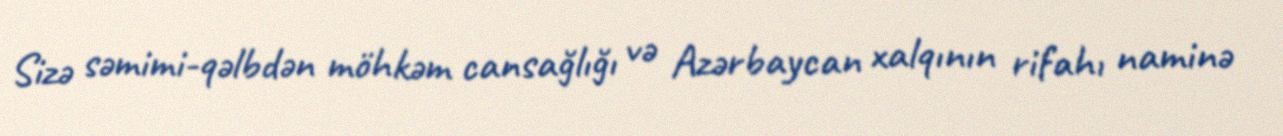
Sizə səmimi-qəlbdən möhkəm cansağlığı və Azərbaycan xalqının rifahı naminə